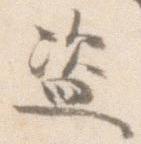
盗